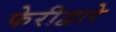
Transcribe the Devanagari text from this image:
फेरीद्वारे